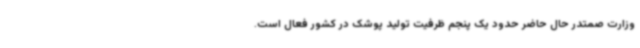
وزارت صمتدر حال حاضر حدود یک پنجم ظرفیت تولید پوشک در کشور فعال است.